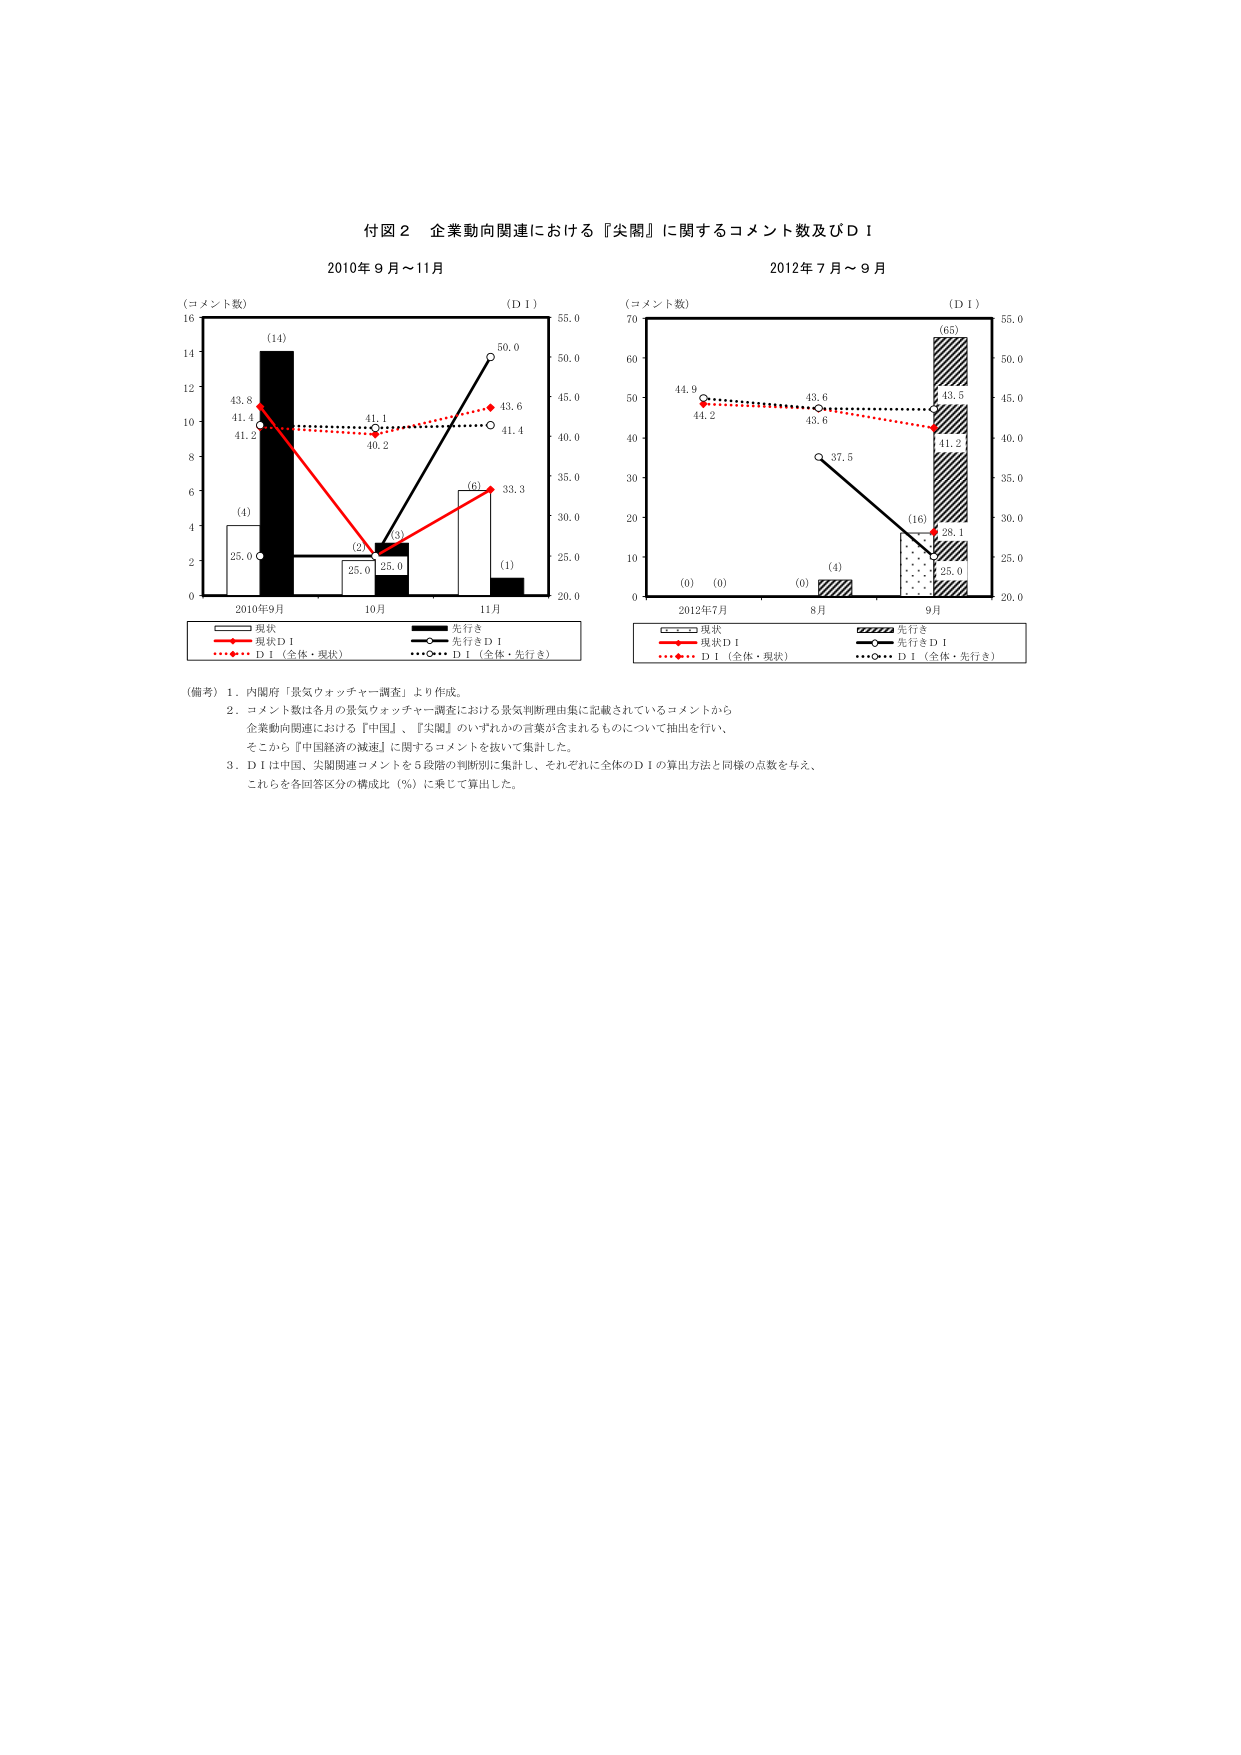
付図２ 企業動向関連における『尖閣』に関するコメント数及びＤＩ

2010年９月～11月
2012年７月～９月

（コメント数）
（ＤＩ）
（コメント数）
（ＤＩ）

16
14
12
10
8
6
4
2
0
2010年9月
10月
11月
55.0
50.0
45.0
40.0
35.0
30.0
25.0
20.0

(14)
43.8
41.4
41.2
(4)
25.0
(2)
25.0
(3)
25.0
(6)
33.3
(1)
50.0
43.6
41.4
41.1
40.2

70
60
50
40
30
20
10
0
2012年7月
8月
9月
55.0
50.0
45.0
40.0
35.0
30.0
25.0
20.0

(0)
(0)
(0)
(4)
(16)
(65)
44.9
44.2
43.6
43.6
37.5
43.5
41.2
28.1
25.0

現状
先行き
現状ＤＩ
先行きＤＩ
ＤＩ（全体・現状）
ＤＩ（全体・先行き）

現状
先行き
現状ＤＩ
先行きＤＩ
ＤＩ（全体・現状）
ＤＩ（全体・先行き）

（備考）１．内閣府「景気ウォッチャー調査」より作成。
　　　２．コメント数は各月の景気ウォッチャー調査における景気判断理由集に記載されているコメントから
　　　　企業動向関連における『中国』、『尖閣』のいずれかの言葉が含まれるものについて抽出を行い、
　　　　そこから『中国経済の減速』に関するコメントを抜いて集計した。
　　　３．ＤＩは中国、尖閣関連コメントを５段階の判断別に集計し、それぞれに全体のＤＩの算出方法と同様の点数を与え、
　　　　これらを各回答区分の構成比（％）に乗じて算出した。